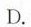
D.